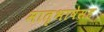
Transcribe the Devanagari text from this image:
मातृभाषेसह